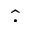
\hat { \cdot }